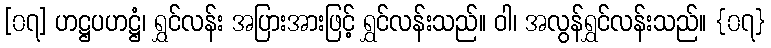
[၀၇] ဟဋ္ဌပဟဋ္ဌံ၊ ရွှင်လန်း အပြားအားဖြင့် ရွှင်လန်းသည်။ ဝါ၊ အလွန်ရွှင်လန်းသည်။ {၀၇}